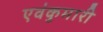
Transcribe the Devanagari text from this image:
एवंकुमारी